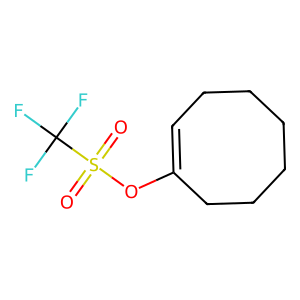
SMILES: O=S(=O)(OC1=CCCCCCC1)C(F)(F)F
Inhibits HIV replication: No